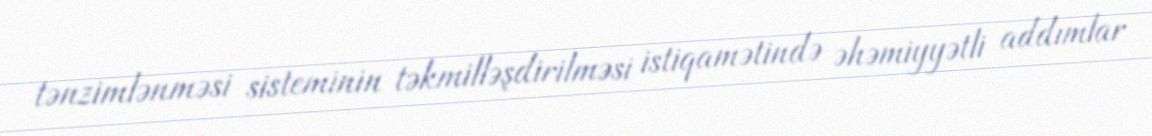
tənzimlənməsi sisteminin təkmilləşdirilməsi istiqamətində əhəmiyyətli addımlar